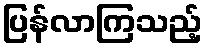
ပြန်လာကြသည့်